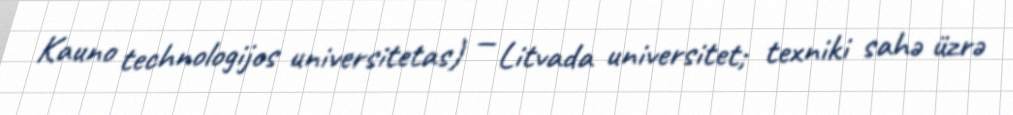
Kauno technologijos universitetas) — Litvada universitet; texniki sahə üzrə